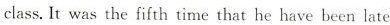
class.It was the fifth time that he have been late